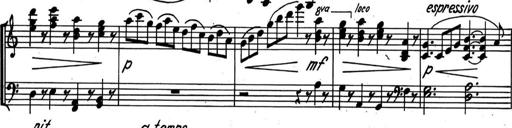
Title: Kleine Sonate
Composer: Raoul Koczalski
Key: C major